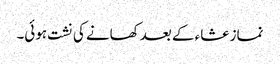
نماز عشاء کے بعد کھانے کی نشت ہوئی۔